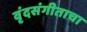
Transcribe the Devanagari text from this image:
वृंदसंगीताचा